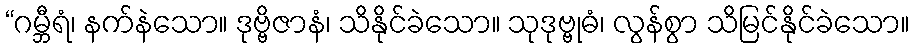
“ဂမ္ဘီရံ၊ နက်နဲသော။ ဒုဗ္ဗိဇာနံ၊ သိနိုင်ခဲသော။ သုဒုဗ္ဗုဓံ၊ လွန်စွာ သိမြင်နိုင်ခဲသော။